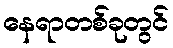
နေရာတစ်ခုတွင်